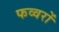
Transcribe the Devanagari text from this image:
फव्‍वरों